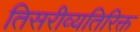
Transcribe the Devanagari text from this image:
तिसरीव्यतिरिक्त